Some observations on the poison of Russell's viper (Daboia russellii) - Number 3
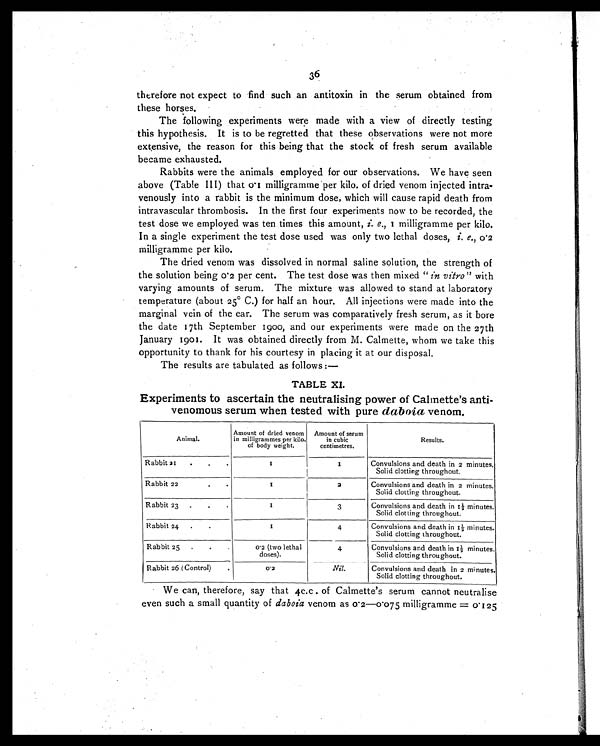
36
therefore not expect to find such an antitoxin in the serum obtained from
these horses.
The following experiments were made with a view of directly testing
this hypothesis. It is to be regretted that these observations were not more
extensive, the reason for this being that the stock of fresh serum available
became exhausted.
Rabbits were the animals employed for our observations. We have seen
above (Table III) that 0.1 milligramme per kilo. of dried venom injected intra-
venously into a rabbit is the minimum dose, which will cause rapid death from
intravascular thrombosis. In the first four experiments now to be recorded, the
test dose we employed was ten times this amount, i e., 1 m i l l i g r a m m e p e r k i l o .
In a single experiment the test dose used was only two lethal doses, i e . ,
0 . 2
milligramme per kilo.
The dried venom was dissolved in normal saline solution, the strength of
the solution being 0.2 per cent. The test dose was then mixed " in vitro" with
varying amounts of serum. The mixture was allowed to stand at laboratory
temperature (about 25° C.) for half an hour. All injections were made into the
marginal vein of the ear. The serum was comparatively fresh serum, as it bore
the date 17th September 1900, and our experiments were made on the 27th
January 1901. It was obtained directly from M. Calmette, whom we take this
opportunity to thank for his courtesy in placing it at our disposal.
The results are tabulated as follows:—
TABLE XI.
Experiments to ascertain the neutralising power of Calmette's anti-
venomous serum when tested with pure daboia venom.
A n i m a l .
Amount of dried venom
in milligrammes per kilo.
of body weight.
Amount of serum
in cubic
centimetres.
Results.
Rabbit 21 .
.
.
1
1
Convulsions and death in 2 minutes.
Solid clotting throughout.
Rabbit 22.
.
1
2
Convulsions and death in 2 minutes
Solid clotting throughout.
Rabbit 23 .
. .
1
3
Convulsions and death in 1½ minutes.
Solid clotting throughout.
Rabbit 24 .
.
1
4
Convulsions and death in 1½ minutes.
Solid clotting throughout.
Rabbit 25 .
.
.
0.2 (two lethal
doses).
4
Convulsions and death in 1½ minutes.
Solid clotting throughout.
Rabbit 26 (Control)
.
0.2
Nil.
Convulsions and death in 2 minutes.
Solid clotting throughout.
We can, therefore, say that 4c.c . of Calmette's serum cannot neutralise
even such a small quantity of daboia venom as 0.2—0.075 milligramme = 0.125